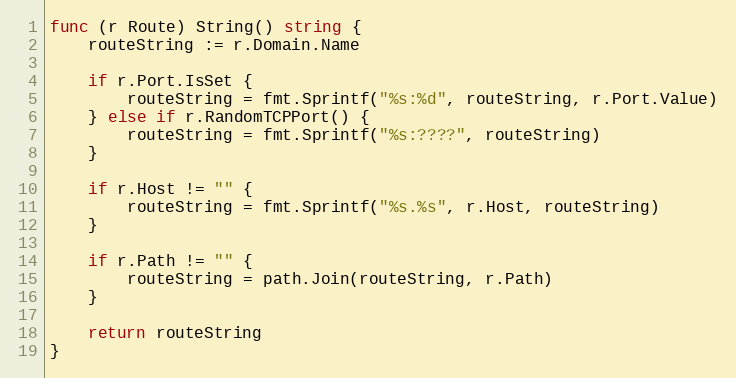
Language: Go
func (r Route) String() string {
	routeString := r.Domain.Name

	if r.Port.IsSet {
		routeString = fmt.Sprintf("%s:%d", routeString, r.Port.Value)
	} else if r.RandomTCPPort() {
		routeString = fmt.Sprintf("%s:????", routeString)
	}

	if r.Host != "" {
		routeString = fmt.Sprintf("%s.%s", r.Host, routeString)
	}

	if r.Path != "" {
		routeString = path.Join(routeString, r.Path)
	}

	return routeString
}